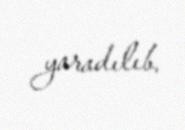
yaradılıb.